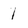
Character: 1